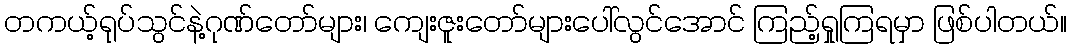
တကယ့်ရုပ်သွင်နဲ့ဂုဏ်တော်များ၊ ကျေးဇူးတော်များပေါ်လွင်အောင် ကြည့်ရှုကြရမှာ ဖြစ်ပါတယ်။